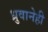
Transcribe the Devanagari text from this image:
ध्रुवानेही